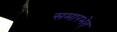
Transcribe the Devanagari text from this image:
समारभेत्